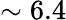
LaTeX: \sim 6.4